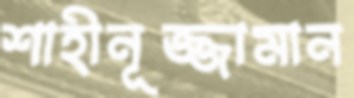
শাহীনূজ্জামান